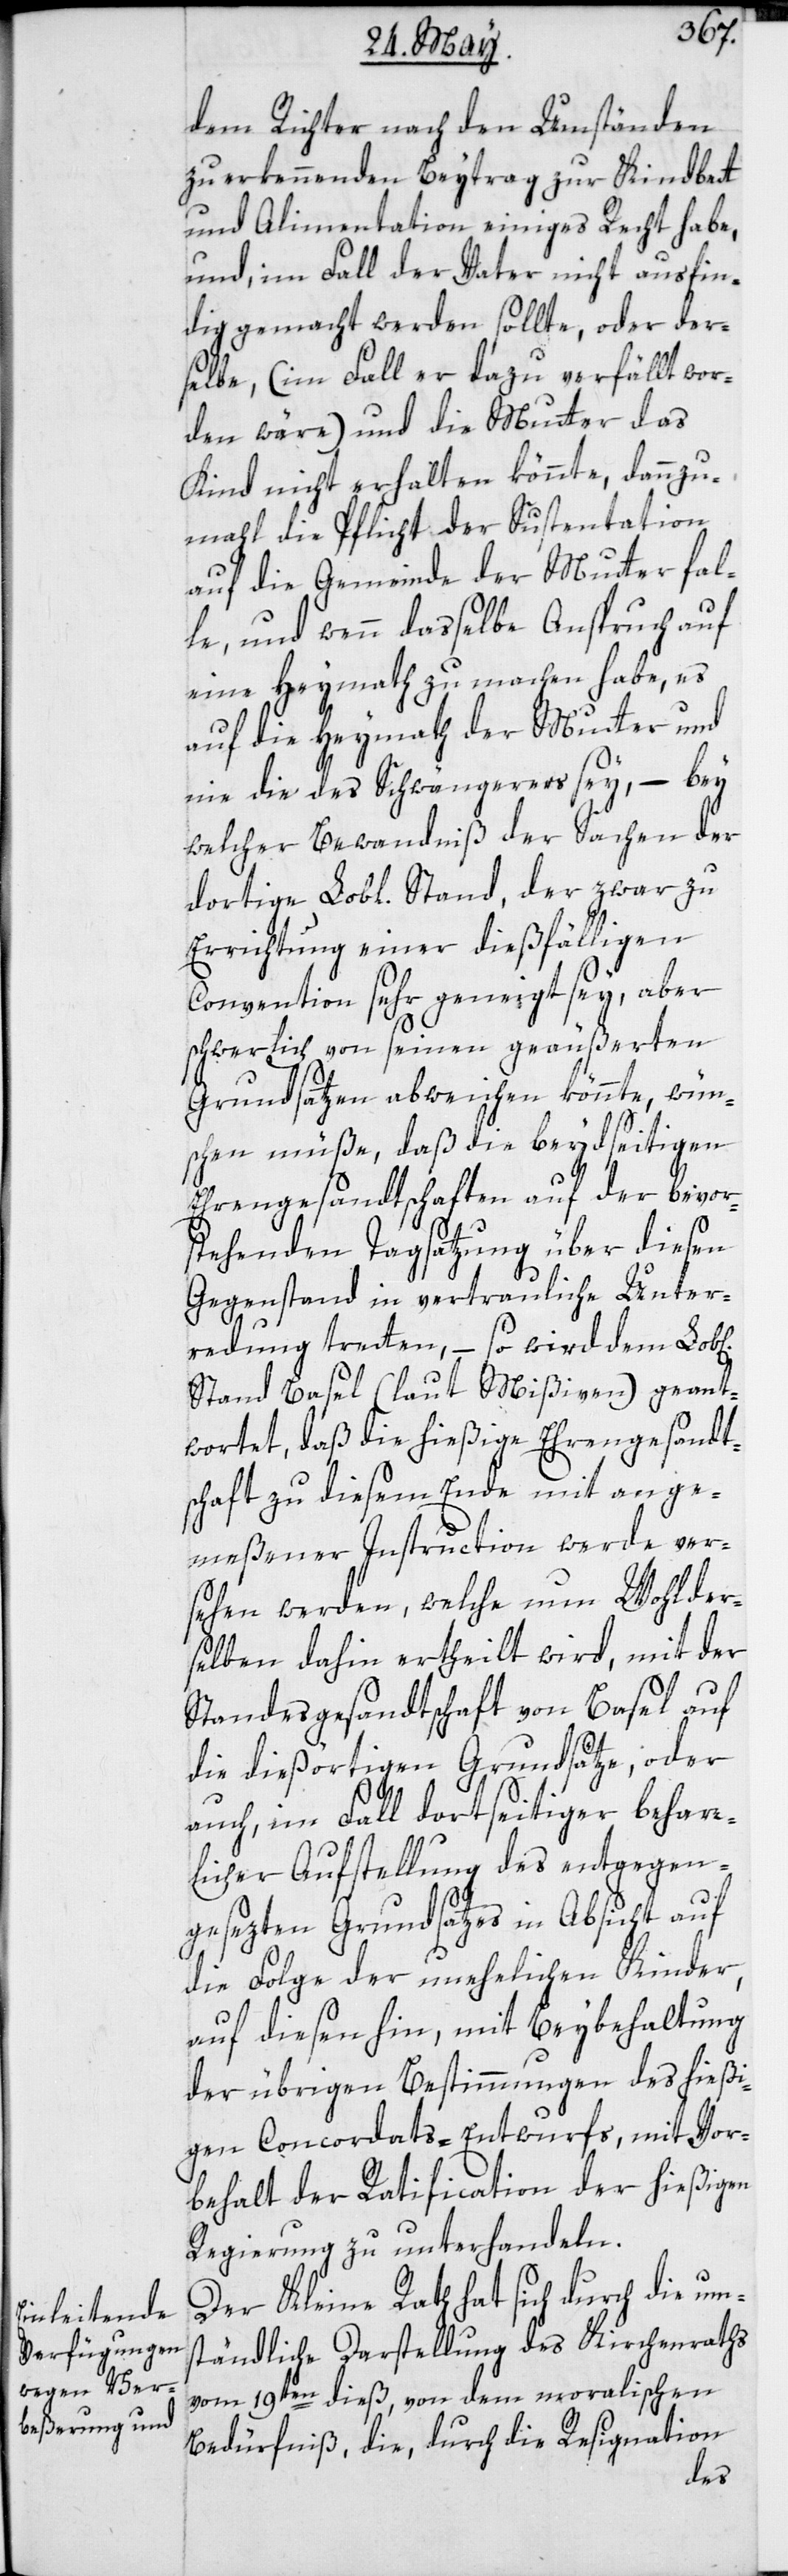
dem Richter nach den Umständen
zu erkennenden Beytrag zur Kindbett
und Alimentation einiges Recht habe,
und, im Fall der Vater nicht ausfin¬
dig gemacht werden sollte, oder der¬
selbe, (im Fall er dazu verfällt wor¬
den wäre) und die Mutter das
Kind nicht erhalten könnte, dannzu¬
mahl die Pflicht der Sustentation
auf die Gemeinde der Mutter fal¬
le, und wenn dasselbe Anspruch auf
eine Heymath zu machen habe, es
auf die Heymath der Mutter und
nie die des Schwängerers sey, – bey
welcher Bewandtniß der Sachen der
Errichtung einer dießfälligen
Convention sehr geneigt sey, aber
schwerlich von seinen geäußerten
Grundsätzen abweichen könnte, wün¬
schen müße, daß die beydseitigen
Ehrengesandtschaften auf der bevor¬
stehenden Tagsatzung über diesen
Gegenstand in vertrauliche Unter¬
redung tretten, – so wird dem Lob[li¬
Stand Basel (laut Mißiven) geant¬
wortet, daß die hießige Ehrengesandt¬
schaft zu diesem Ende mit ange¬
meßener Instruction werde ver¬
sehen werden, welche nun Wohlder¬
selben dahin ertheilt wird, mit der
Standesgesandtschaft von Basel auf
die dießörtigen Grundsätze, oder
auch im Fall dortseitiger beharr¬
licher Aufstellung des entgegen¬
gesezten Grundsatzes in Absicht auf
die Folge der unehelichen Kinder,
auf diese hin, mit Beybehaltung
der übrigen Bestimmungen des hießi¬
gen Concordats-Entwurfs, mit Vor¬
behalt der Ratification der hießigen
Regierung zu unterhandeln.
Der Kleine Rath hat sich durch die um¬
ständliche Darstellung des Kirchenraths
vom 19ten dieß, von dem moralischen
Bedürfniß, die, durch die Resignation
chen]